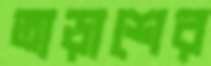
তাড়াশের